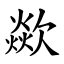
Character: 歘